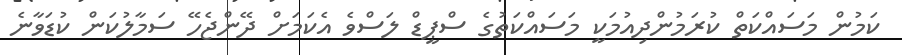
ކަމުން މަސައްކަތް ކުރަމުންދިއުމަކީ މަސައްކަތުގެ ސްޕީޑް ލަސްވެ އެކަމަށް ދޭންޖެހޭ ސަމާލުކަން ކުޑަވާނެ